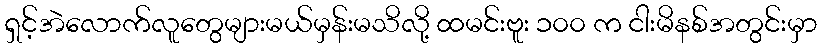
ရှင့်အဲလောက်လူတွေများမယ်မှန်းမသိလို့ ထမင်းဗူး ၁၀၀ က ငါးမိနစ်အတွင်းမှာ